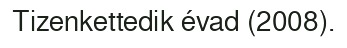
Tizenkettedik évad (2008).